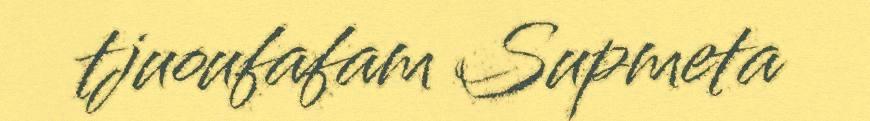
tjuoufafam Supmeta